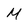
Character: M